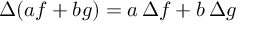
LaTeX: \Delta ( a f + b g ) = a \, \Delta f + b \, \Delta g